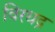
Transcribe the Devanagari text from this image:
विरधद्र